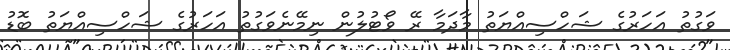
ވަގުތު އަހަރުގެ ޝަހްސިއްޔަތު މާދަމާ ރޭ ވޯޓުލުން ނިމޭނެވަގުތު އަހަރުގެ ޝަހްސިއްޔަތު ބޮޑު